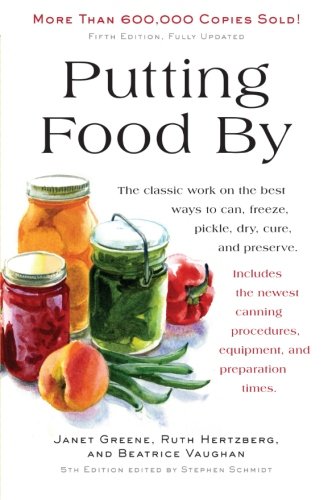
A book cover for Putting Food By: Fifth Edition; Ruth Hertzberg; Cookbooks, Food & Wine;